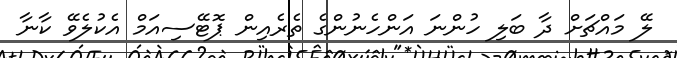
ލޭ މައްޗަށް ދާ ބަލި ހުންނަ އަންހެނުންގެ ތެރެއިން ޕޮޓޭސިއަމް އެކުލެވޭ ކާނާ